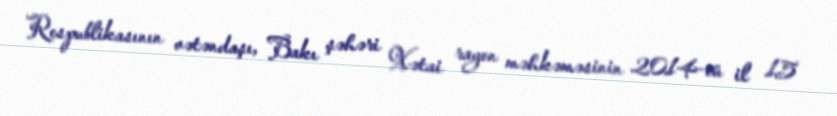
Respublikasının vətəndaşı, Bakı şəhəri Xətai rayon məhkəməsinin 2014-cü il 15